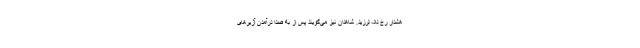
هشدار رخ داد، لرزید. شاهدان نیز می‌گویند پس از به صدا درآمدن آژیرهای